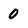
Character: 0